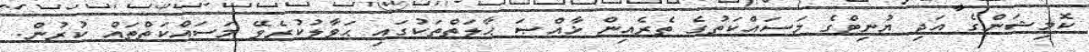
ކޮމިޝަންގެ އަދި ޔުނިޓްގެ މަސައްކަތުގެ ތެރެއިން ޚާއްޞަ ޙާލަތްތަކުގައި ޙަވާލުކުރެވޭ މަސައްކަތްތައް ކުރުން.